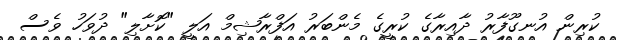
ކުރިން އުނގޫފާރު ދާއިރާގެ ކުރީގެ މެންބަރު އަފްރާޝިމް އަލީ "ކޮށާލި" ދުވަހު ވެސް